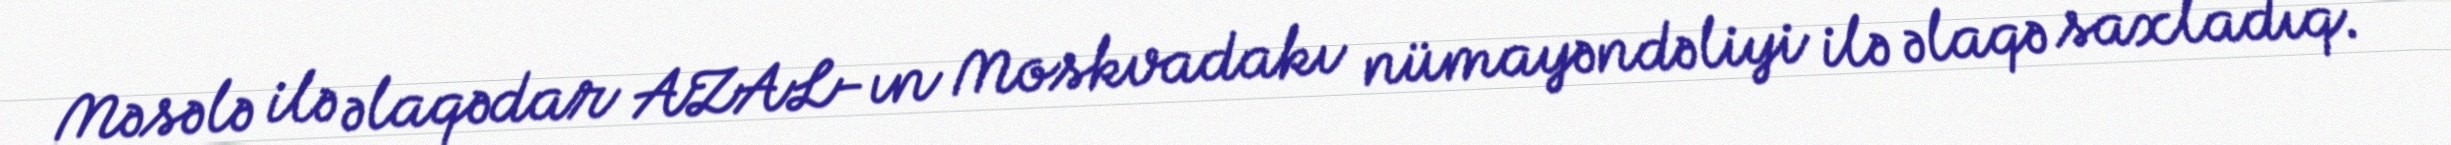
Məsələ ilə əlaqədar AZAL-ın Moskvadakı nümayəndəliyi ilə əlaqə saxladıq.